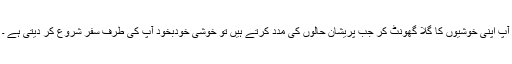
آپ اپنی خوشیوں کا گلا گھونٹ کر جب پریشان حالوں کی مدد کرتے ہیں تو خوشی خودبخود آپ کی طرف سفر شروع کر دیتی ہے ۔